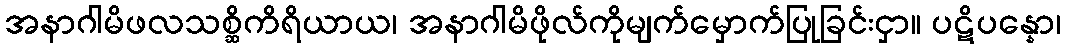
အနာဂါမိဖလသစ္ဆိကိရိယာယ၊ အနာဂါမိဖိုလ်ကိုမျက်မှောက်ပြုခြင်းငှာ။ ပဋိပန္နော၊